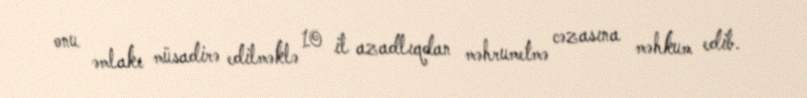
onu əmlakı müsadirə edilməklə 10 il azadlıqdan məhrumetmə cəzasına məhkum edib.